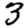
Digit: 3